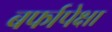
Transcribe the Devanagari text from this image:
बर्फापेक्षा